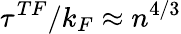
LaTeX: \tau^{TF}/k_{F}\approx n^{4/3}